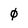
Character: 0